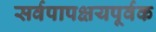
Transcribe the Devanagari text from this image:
सर्वपापक्षयपूर्वक